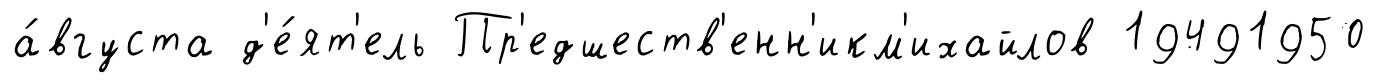
а́вгуста д'е́ят'ель Пр'едшеств'енн'икм'ихайлов 19491950